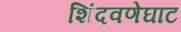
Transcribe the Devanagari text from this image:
शिंदवणेघाट